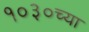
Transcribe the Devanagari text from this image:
१०३०च्या